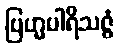
ဗြဟ္မပါရိသဇ္ဇံ